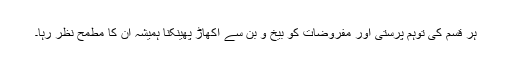
ہر قسم کی توہم پرستی اور مفروضات کو بیخ و بن سے اکھاڑ پھینکنا ہمیشہ ان کا مطمح نظر رہا۔